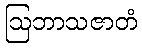
ဩဘာသဇာတံ